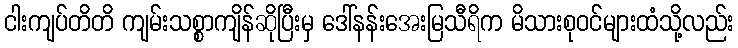
ငါးကျပ်တိတိ ကျမ်းသစ္စာကျိန်ဆိုပြီးမှ ဒေါ်နန်းအေးမြသီရိက မိသားစုဝင်များထံသို့လည်း